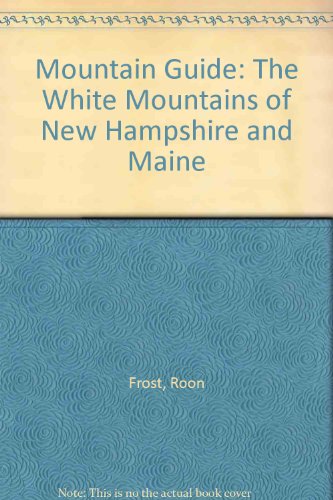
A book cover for Mountain Guide: The White Mountains of New Hampshire and Maine; Roon Frost; Travel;